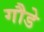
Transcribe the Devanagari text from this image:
गौडे